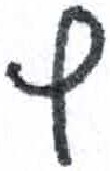
אות: ץ